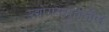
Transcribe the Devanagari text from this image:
उद्योगसमूहातील